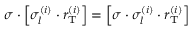
\sigma \cdot \left[ \sigma _ { l } ^ { \left( i \right) } \cdot r _ { \mathrm { T } } ^ { \left( i \right) } \right] = \left[ \sigma \cdot \sigma _ { l } ^ { \left( i \right) } \cdot r _ { \mathrm { T } } ^ { \left( i \right) } \right]